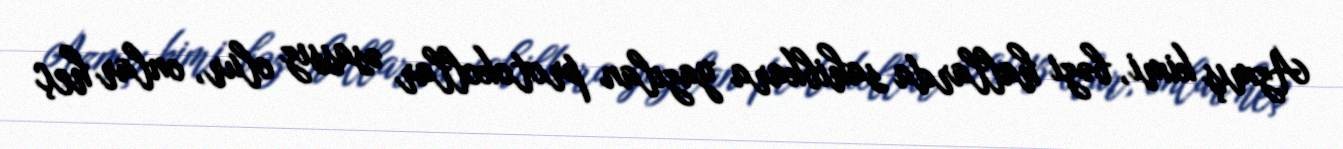
Azmış kimi, bəzi hallarda sahibkara yazılan protokollar əsassız olur, onlar heç